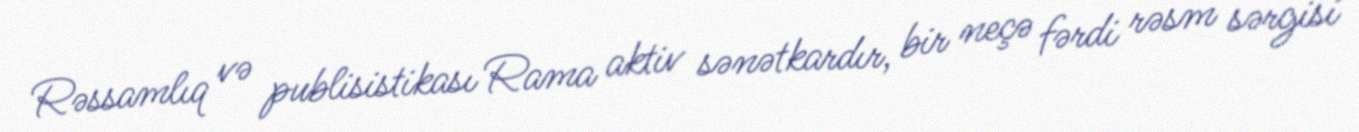
Rəssamlıq və publisistikası Rama aktiv sənətkardır, bir neçə fərdi rəsm sərgisi